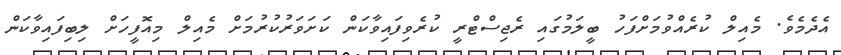
އެދެމެވެ. މެއިލް ކުރެއްވުމަށްފަހު ބީލަމުގައި ރެޖިސްޓްރީ ކުރެވިފައިވާކަން ކަށަވަރުކުރުމަށް މެއިލް މިއޮފީހަށް ލިބިފައިވާކަން